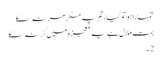
تمہارا ہو تو گیا، تم پہ مگر مر نہ سکا
بہت ملال ہے یہ معجزہ میں کر نہ سکا
2۔